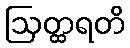
ဩတ္ထရတိ